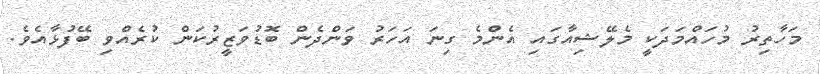
މަހާތިރު މުހައްމަދަކީ މެލޭޝިއާގައި އެންމެ ގިނަ އަހަރު ވަންދެން ބޮޑުވަޒީރުކަން ކުރެއްވި ބޭފުޅާއެވެ.